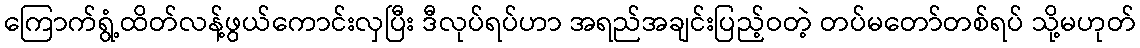
ကြောက်ရွံ့ထိတ်လန့်ဖွယ်ကောင်းလှပြီး ဒီလုပ်ရပ်ဟာ အရည်အချင်းပြည့်ဝတဲ့ တပ်မတော်တစ်ရပ် သို့မဟုတ်